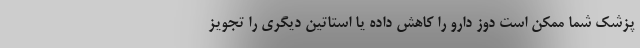
پزشک شما ممکن است دوز دارو را کاهش داده یا استاتین دیگری را تجویز